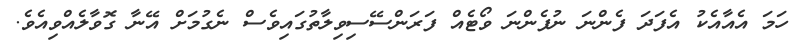
ހަމަ އެއާއެކު އެފަދަ ފެންނަ ނުފެންނަ ވޯޓެއް ފަރަންސޭސިވިލާތުގައިވެސް ނެގުމަށް އޭނާ ގޮވާލެއްވިއެވެ.